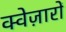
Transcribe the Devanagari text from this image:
क्वेज़ारों